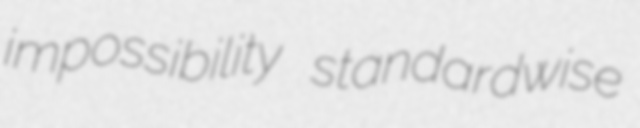
impossibility standardwise